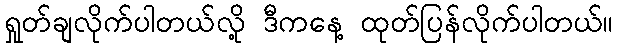
ရှုတ်ချလိုက်ပါတယ်လို့ ဒီကနေ့ ထုတ်ပြန်လိုက်ပါတယ်။